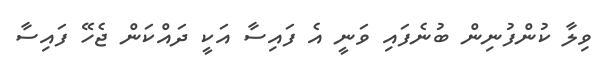
ވިލާ ކުންފުނިން ބުނެފައި ވަނީ އެ ފައިސާ އަކީ ދައްކަން ޖެހޭ ފައިސާ